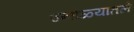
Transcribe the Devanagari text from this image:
उन्हाळ्यातले